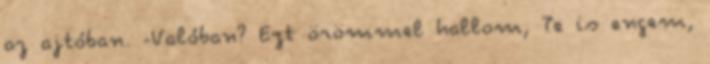
az ajtóban. -Valóban? Ezt örömmel hallom, Te is engem,